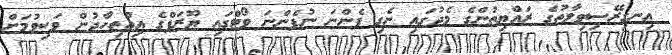
އިނގިރޭސިވިލާތުގެ ރައްޔިތުންގެ މެދުގައި ނެގި ފެންނަ ނުފެންނަ ވޯޓްގައި ޔޫރަޕްގެ އިއްތިހާދުން ވަކިވުމަށް